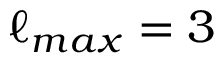
\ell _ { m a x } = 3